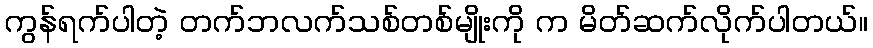
ကွန်ရက်ပါတဲ့ တက်ဘလက်သစ်တစ်မျိုးကို က မိတ်ဆက်လိုက်ပါတယ်။